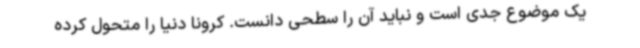
یک موضوع جدی است و نباید آن را سطحی دانست. کرونا دنیا را متحول کرده